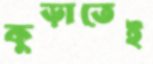
কুড়াতেই